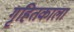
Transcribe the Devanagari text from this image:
गृहितकाला